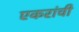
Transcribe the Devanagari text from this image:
एकरांची